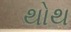
થોથ